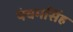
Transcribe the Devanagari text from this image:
पंचमसिंह